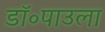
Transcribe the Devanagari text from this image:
डॉ॰पाउला